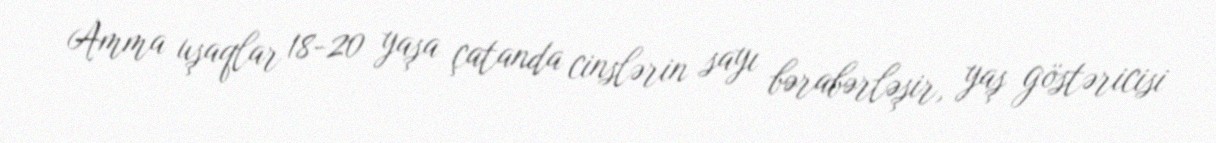
Amma uşaqlar 18-20 yaşa çatanda cinslərin sayı bərabərləşir, yaş göstəricisi